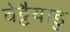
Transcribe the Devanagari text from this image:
वेट्टैयाडु